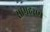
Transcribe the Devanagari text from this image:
सामहरण